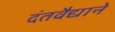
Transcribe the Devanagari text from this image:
दंतवैद्याने